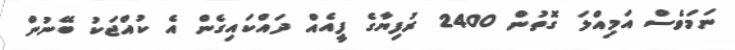
ނަމަވެސް އަމިއްލަ ގޮތުން 2400 ރުފިޔާގެ ފީއެއް ދައްކައިގެން އެ ކުއްޖަކު ބޭނުން